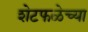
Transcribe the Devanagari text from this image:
शेटफळेच्या